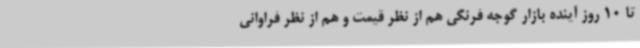
تا 10 روز آینده بازار گوجه فرنگی هم از نظر قیمت و هم از نظر فراوانی